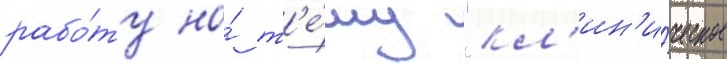
рабо́ту на́ т'е́му "кл'ин'и́ческое